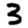
Digit: 3